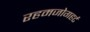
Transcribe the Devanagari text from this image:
रहमजोगहर्ट